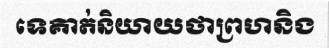
ទេគាត់និយាយថាព្រហនិង